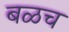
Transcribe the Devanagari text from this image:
बळच